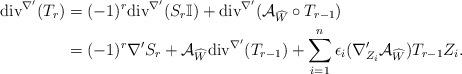
LaTeX: \begin{align*} \mathrm{div}^{\nabla'}(T_{r})&=(-1)^{r}\mathrm{div}^{\nabla'}(S_{r}\mathbb{I})+\mathrm{div}^{\nabla'}(\mathcal{A}_{\widehat{W}}\circ T_{r-1})\\ &=(-1)^{r}\nabla'S_{r}+\mathcal{A}_{\widehat{W}}\mathrm{div}^{\nabla'}(T_{r-1})+\sum_{i=1}^{n}\epsilon_{i}(\nabla'_{Z_{i}}\mathcal{A}_{\widehat{W}})T_{r-1}Z_{i}. \end{align*}